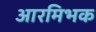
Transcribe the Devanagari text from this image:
आरमिभक